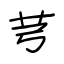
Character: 芎